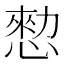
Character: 愸